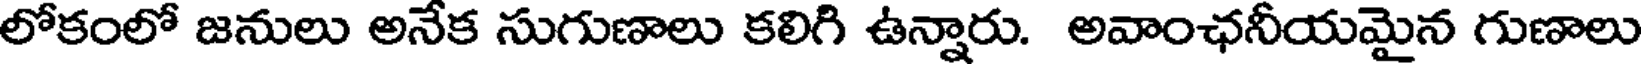
లోకంలో జనులు అనేక సుగుణాలు కలిగి ఉన్నారు. అవాంఛనీయమైన గుణాలు